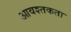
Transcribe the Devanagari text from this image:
आवश्तकता